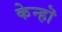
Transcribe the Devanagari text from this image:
केन्हॊ